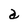
Character: a